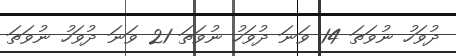
ދުވަހު ނުވަތަ 14 ވަނަ ދުވަހު ނުވަތަ 21 ވަނަ ދުވަހު ނުވަތަ